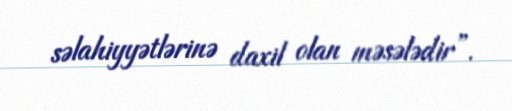
səlahiyyətlərinə daxil olan məsələdir”.